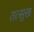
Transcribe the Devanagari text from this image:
तत्सुख